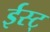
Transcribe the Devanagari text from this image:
ईस्ट्